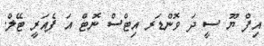
އިފް ޔޫ ސީ ދަ ވޮންޑަރ އިޓްސް ނޮޓް އަ ފެއަރީ ޓޭލް.